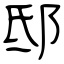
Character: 邸